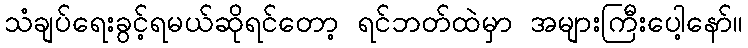
သံချပ်ရေးခွင့်ရမယ်ဆိုရင်တော့ ရင်ဘတ်ထဲမှာ အများကြီးပေါ့နော်။